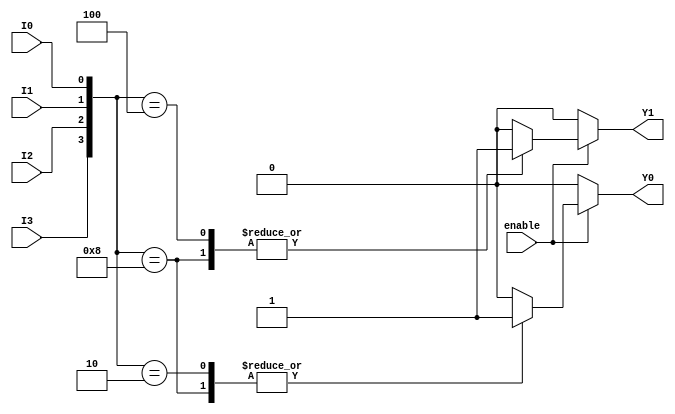
module encoder_4to2 (
    input wire I0,    // Input 0
    input wire I1,    // Input 1
    input wire I2,    // Input 2
    input wire I3,    // Input 3
    input wire enable, // Enable signal
    output reg Y0,     // Output 0
    output reg Y1      // Output 1
);

always @(*) begin
    if (!enable) begin
        // When not enabled, output default state (00)
        Y0 = 1'b0;
        Y1 = 1'b0;
    end else begin
        // Priority encoding (I3 > I2 > I1 > I0)
        case ({I3, I2, I1, I0})
            4'b1000: begin // I3 is high
                Y0 = 1'b1;
                Y1 = 1'b1;
            end
            4'b0100: begin // I2 is high
                Y0 = 1'b0;
                Y1 = 1'b1;
            end
            4'b0010: begin // I1 is high
                Y0 = 1'b1;
                Y1 = 1'b0;
            end
            4'b0001: begin // I0 is high
                Y0 = 1'b0;
                Y1 = 1'b0;
            end
            default: begin // If no input is high or multiple inputs are high
                Y0 = 1'b0;
                Y1 = 1'b0; // Default output when no valid input
            end
        endcase
    end
end

endmodule